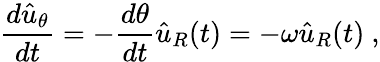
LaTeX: {\frac{d{\hat{u}}_{\theta}}{dt}}=-{\frac{d\theta}{dt}}{\hat{u}}_{R}(t)=-\omega{\hat{u}}_{R}(t)\ ,